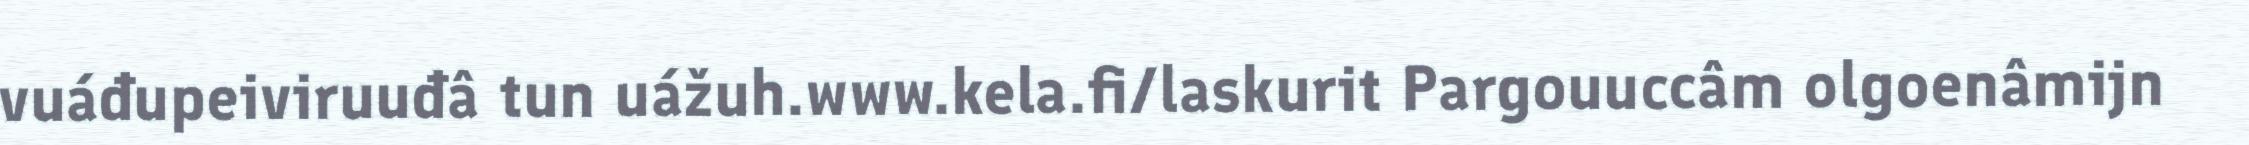
vuáđupeiviruuđâ tun uážuh.www.kela.fi/laskurit Pargouuccâm olgoenâmijn